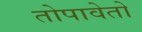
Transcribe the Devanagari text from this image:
तोपावेतो